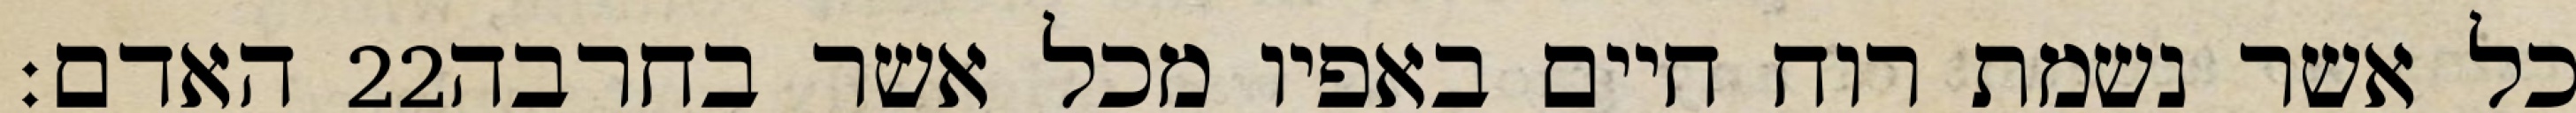
האדם׃ ‎22‏ כל אשר נשמת רוח חיים באפיו מכל אשר בחרבה